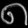
Digit: ၈